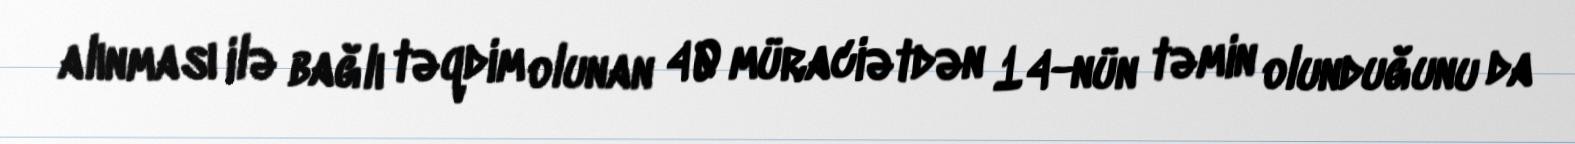
alınması ilə bağlı təqdim olunan 40 müraciətdən 14-nün təmin olunduğunu da